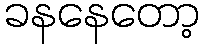
ခနနေတော့